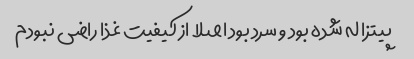
پیتزا له شده بود و سرد بود اصلا از کیفیت غذا راضی نبودم